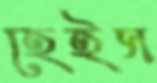
হেইস